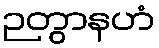
ဉတွာနဟံ